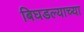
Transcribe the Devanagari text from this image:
बिघडल्याच्या